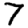
Digit: 7